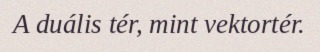
A duális tér, mint vektortér.